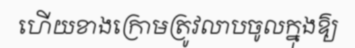
ហើយខាងក្រោមត្រូវលាបចូលក្នុងឱ្យ